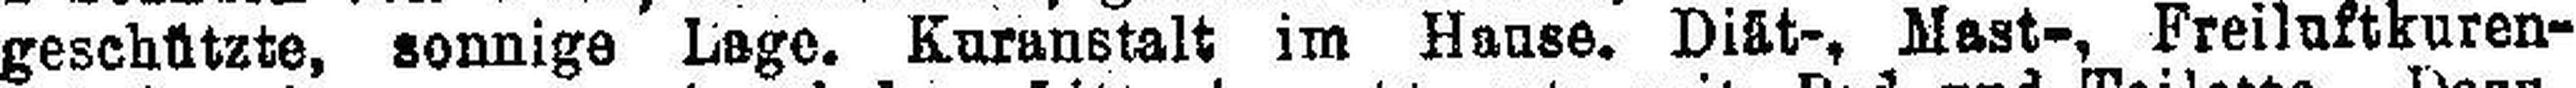
geschützte, sonnige Lage. Kuranstalt im Hause. Diät-, Mast-, Freiluftkuren-